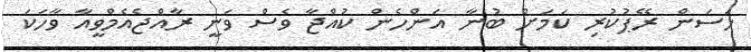
ހަސަން ރޭޕުކުރި ކަމަށް ބުނާ އަންހެން ކުއްޖާ ވެސް ވަނީ ރާއްޖެއެމްވީއާ ވާހަކަ